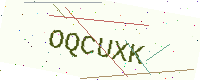
Text: OQCUXK